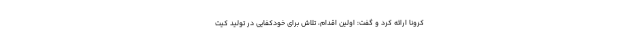
کرونا ارائه کرد و گفت: اولین اقدام، تلاش برای خودکفایی در تولید کیت